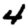
Digit: 4